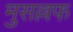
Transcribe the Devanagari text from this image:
मुसल्लफ